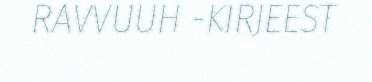
RAVVUUH -KIRJEEST